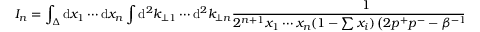
{ \cal I } _ { n } = \int _ { \Delta } \mathrm { d } x _ { 1 } \cdots \mathrm { d } x _ { n } \int \mathrm { d } ^ { 2 } k _ { \perp 1 } \cdots \mathrm { d } ^ { 2 } k _ { \perp n } { \frac { 1 } { 2 ^ { n + 1 } x _ { 1 } \cdots x _ { n } ( 1 - \sum x _ { i } ) \left( 2 p ^ { + } p ^ { - } - \beta ^ { - 1 } - \alpha \right) } } \ \ ,